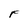
Character: F